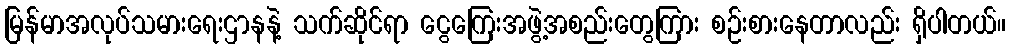
မြန်မာအလုပ်သမားရေးဌာနနဲ့ သက်ဆိုင်ရာ ငွေကြေးအဖွဲ့အစည်းတွေကြား စဉ်းစားနေတာလည်း ရှိပါတယ်။